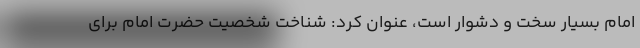
امام بسیار سخت و دشوار است، عنوان کرد: شناخت شخصیت حضرت امام برای